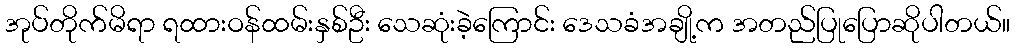
အုပ်တိုက်မိရာ ရထားဝန်ထမ်းနှစ်ဦး သေဆုံးခဲ့ကြောင်း ဒေသခံအချို့က အတည်ပြုပြောဆိုပါတယ်။